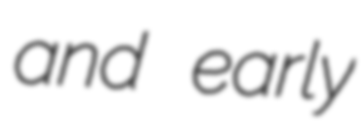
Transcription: and early